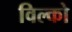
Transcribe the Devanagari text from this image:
विल्को